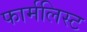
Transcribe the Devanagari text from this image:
फार्मलिस्ट